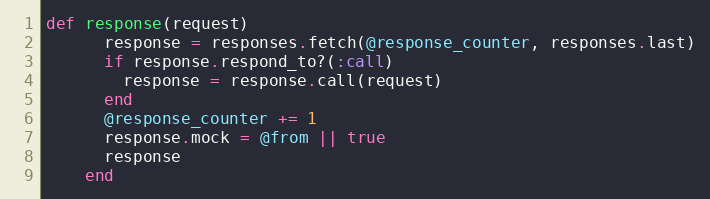
Language: Ruby
def response(request)
      response = responses.fetch(@response_counter, responses.last)
      if response.respond_to?(:call)
        response = response.call(request)
      end
      @response_counter += 1
      response.mock = @from || true
      response
    end